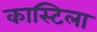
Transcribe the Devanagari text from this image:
कास्टिला